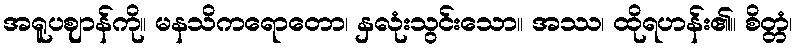
အရူပဈာန်ကို။ မနသိကရောတော၊ နှလုံးသွင်းသော။ အဿ၊ ထိုရဟန်း၏။ စိတ္တံ၊